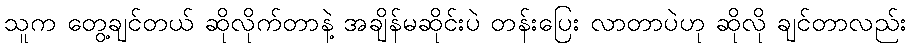
သူက တွေ့ချင်တယ် ဆိုလိုက်တာနဲ့ အချိန်မဆိုင်းပဲ တန်းပြေး လာတာပဲဟု ဆိုလို ချင်တာလည်း